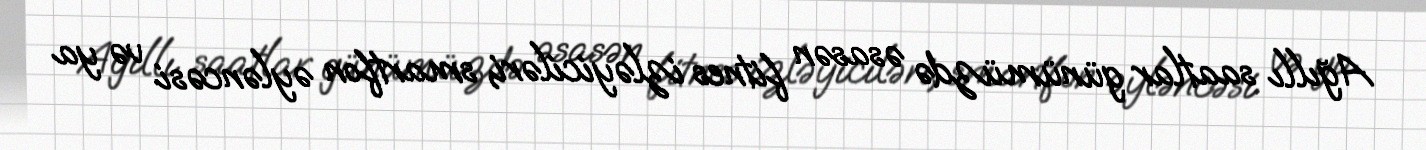
Ağıllı saatlar günümüzdə əsasən fitnes izləyiciləri, smartfon əyləncəsi və ya